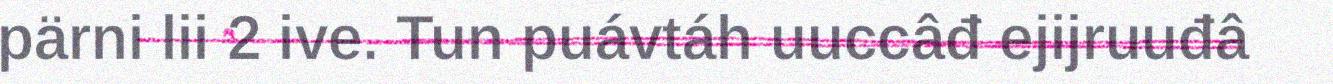
pärni lii 2 ive. Tun puávtáh uuccâđ ejijruuđâ